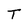
Character: T